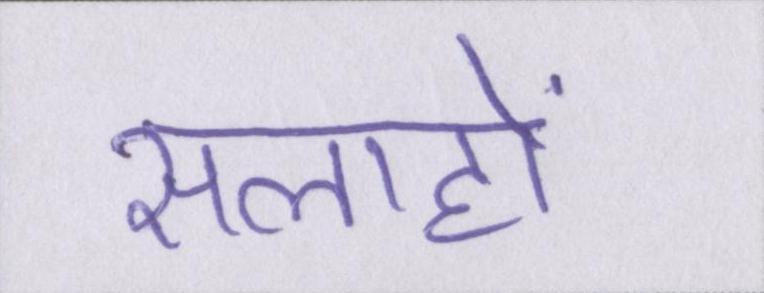
सलाहों